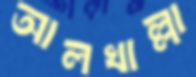
আলখাল্লা